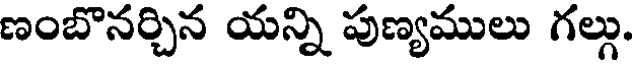
ణంబొనర్చిన యన్ని పుణ్యములు గల్గు.